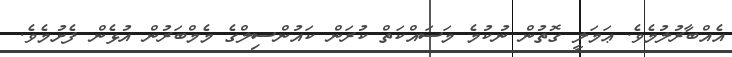
އެއްބާރުލުމެވެ. ޢަމަލީ ގޮތުން ނުކުމެ މަސައްކަތް ކުރަން ކައުންސިލްގެ މެމްބަރުން އުޅެން ފެށުމެވެ.